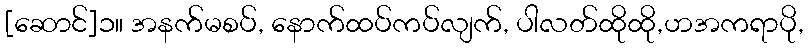
[ဆောင်]၁။ အနက်မစပ်, နောက်ထပ်ကပ်လျက်, ပါလတ်ထိုထို,ဟအကရာပို,